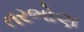
તરભોણ